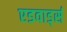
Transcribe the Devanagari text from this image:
एडवार्ड्स